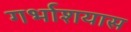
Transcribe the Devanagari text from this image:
गर्भाशयास